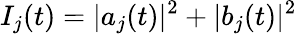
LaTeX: I_{j}(t)=\vert a_{j}(t)\vert^{2}+\vert b_{j}(t)\vert^{2}